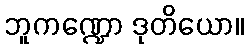
ဘူကဏ္ဍော ဒုတိယော။